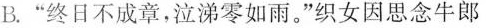
B.“终日不成章，泣涕零如雨。”织女因思念牛郎